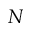
N